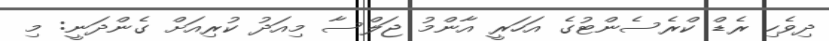
ދިވެހި ރެޑް ކްރެސެންޓުގެ އަހަރީ އާންމު ޖަލްސާ މިއަދު ކުރިއަށް ގެންދަނީ: މި